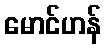
မောင်ဟန်